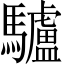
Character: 驢